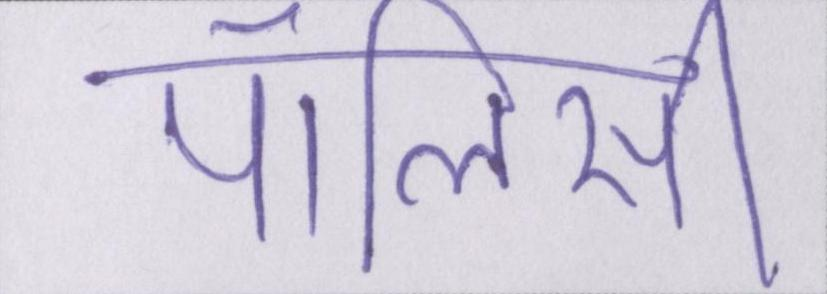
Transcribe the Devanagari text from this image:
पॉलिसी